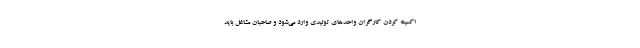
اکسینه کردن کارگران واحدهای تولیدی وارد می‌شود و صاحبان مشاغل باید